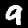
Digit: 9